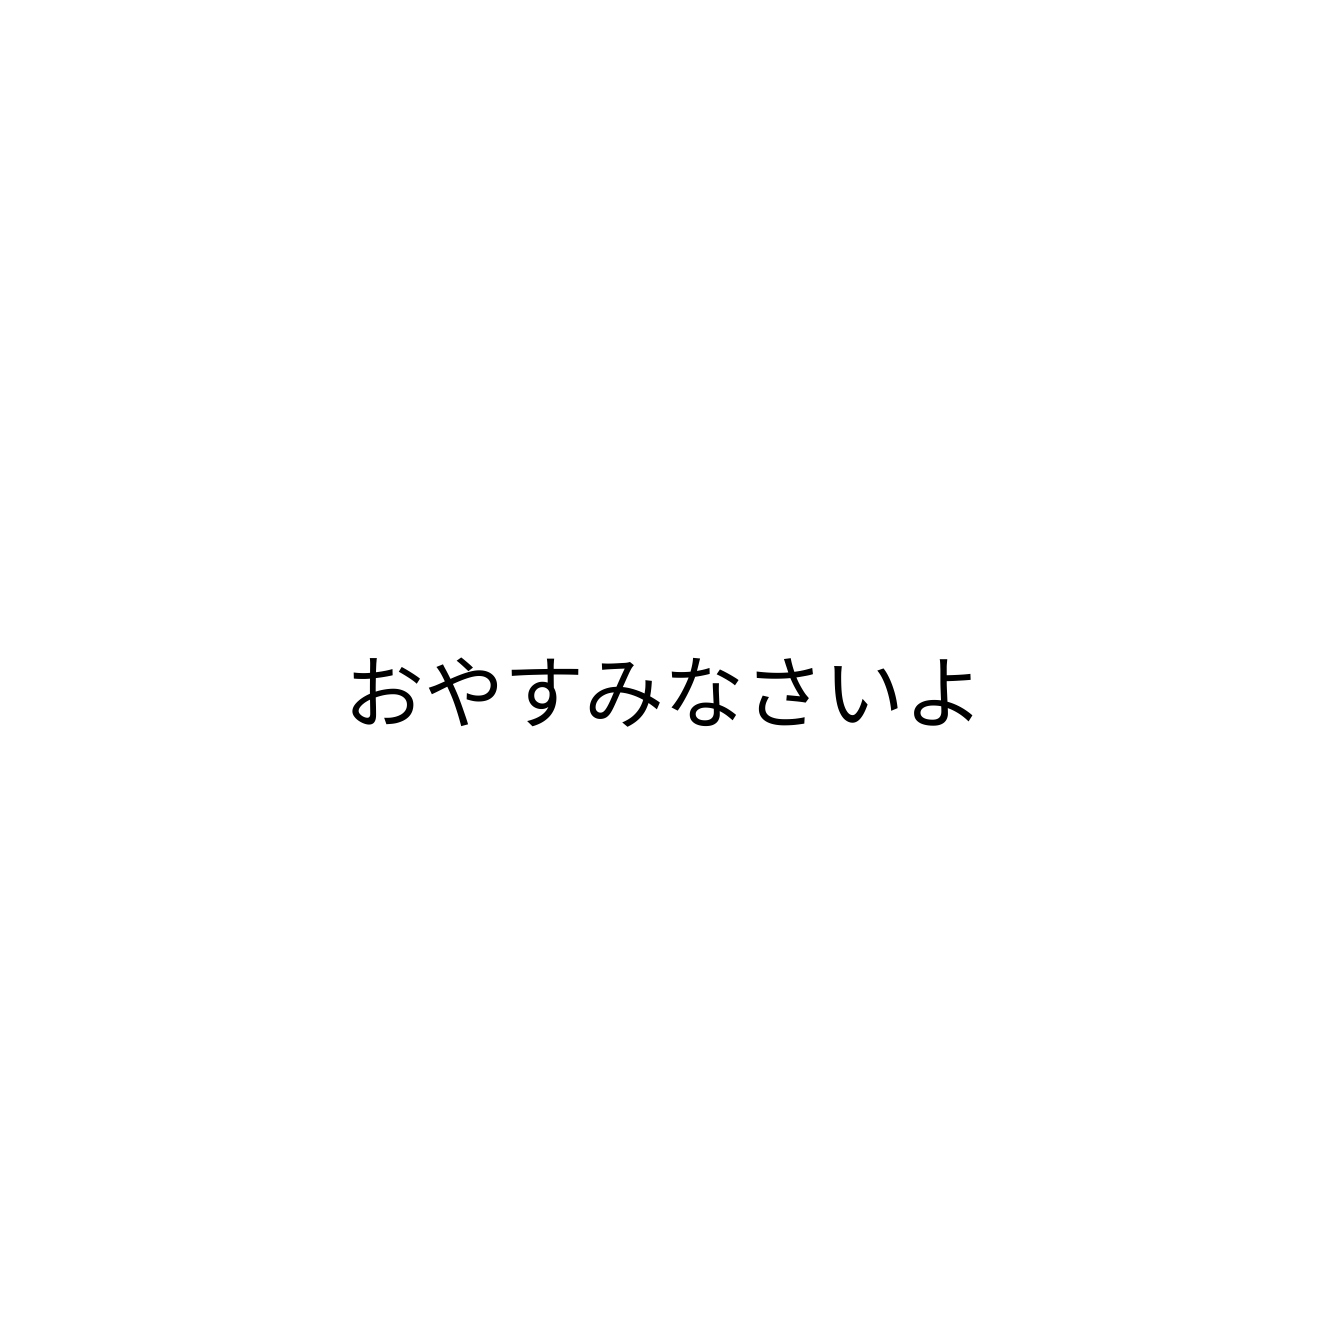
おやすみなさいよ